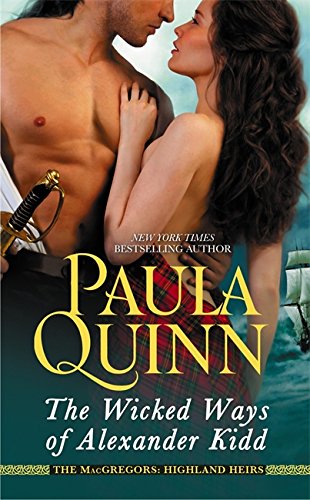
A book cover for The Wicked Ways of Alexander Kidd (The MacGregors: Highland Heirs); Paula Quinn; Romance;